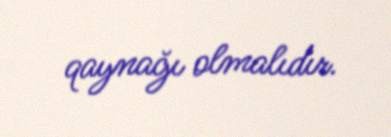
qaynağı olmalıdır.